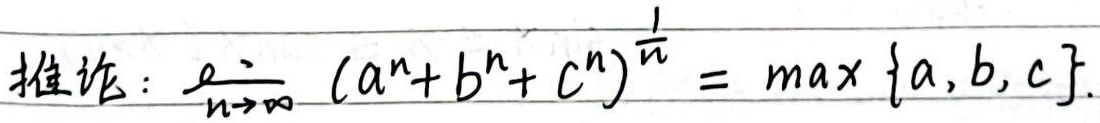
推论：\(\lim_{n \to \infty} (a^{n}+b^{n}+c^{n})^{\frac{1}{n}} = \max \{a,b,c\}\)